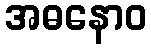
အဓနောဝ